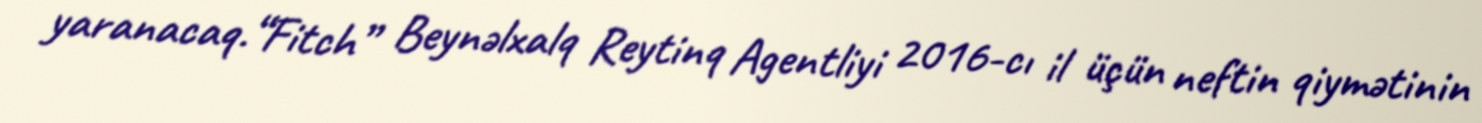
yaranacaq.“Fitch” Beynəlxalq Reytinq Agentliyi 2016-cı il üçün neftin qiymətinin